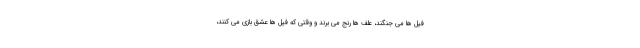
فیل ها می جنگند، علف ها رنج می برند و وقتی که فیل ها عشق بازی می کنند،